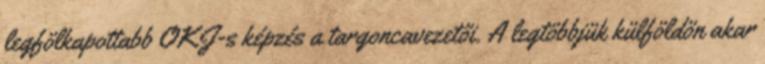
legfölkapottabb OKJ-s képzés a targoncavezetői. A legtöbbjük külföldön akar